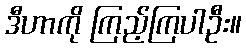
ဒီဟာကို ကြည့်ကြပါဦး။